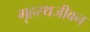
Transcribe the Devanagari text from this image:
गृहस्थजीवन